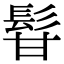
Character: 𩬚